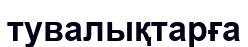
тувалықтарға